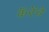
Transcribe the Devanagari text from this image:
कॅरेंचे